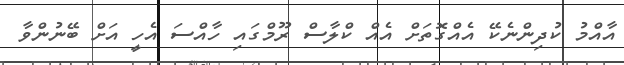
އާއްމު ކުދިންނެކޭ އެއްގޮތަށް އެއް ކްލާސް ރޫމްގައި ހާއްސަ އެހީ އަށް ބޭނުންވާ